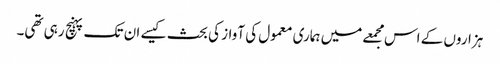
ہزاروں کے اس مجمعے میں ہماری معمول کی آواز کی بحث کیسے ان تک پہنچ رہی تھی۔